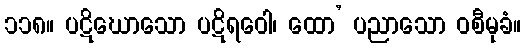
၁၁၈။ ပဋိဃောသော ပဋိရဝေါ၊ ထော’ ပညာသော ဝစီမုခံ။